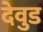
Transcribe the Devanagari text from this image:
देवुड